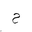
Letter: _ha